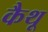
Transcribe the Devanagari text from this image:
कैथू